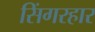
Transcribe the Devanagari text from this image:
सिंगरहार